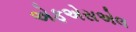
એફએસએલ